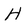
Character: H